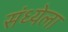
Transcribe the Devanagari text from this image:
संध्येला